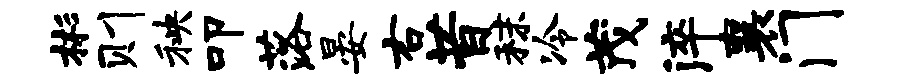
彬则秧叩落晏右昔秣冷茂淬襄门